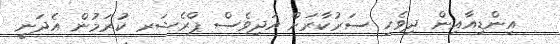
އިންޑިއާއިން ދިވެހި ސަރުކާރަށް އަދިވެސް ޕްރެޝަރ ކުރަމުން އެދަނީ